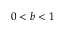
0 < b < 1